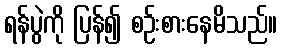
ရန်ပွဲကို ပြန်၍ စဉ်းစားနေမိသည်။